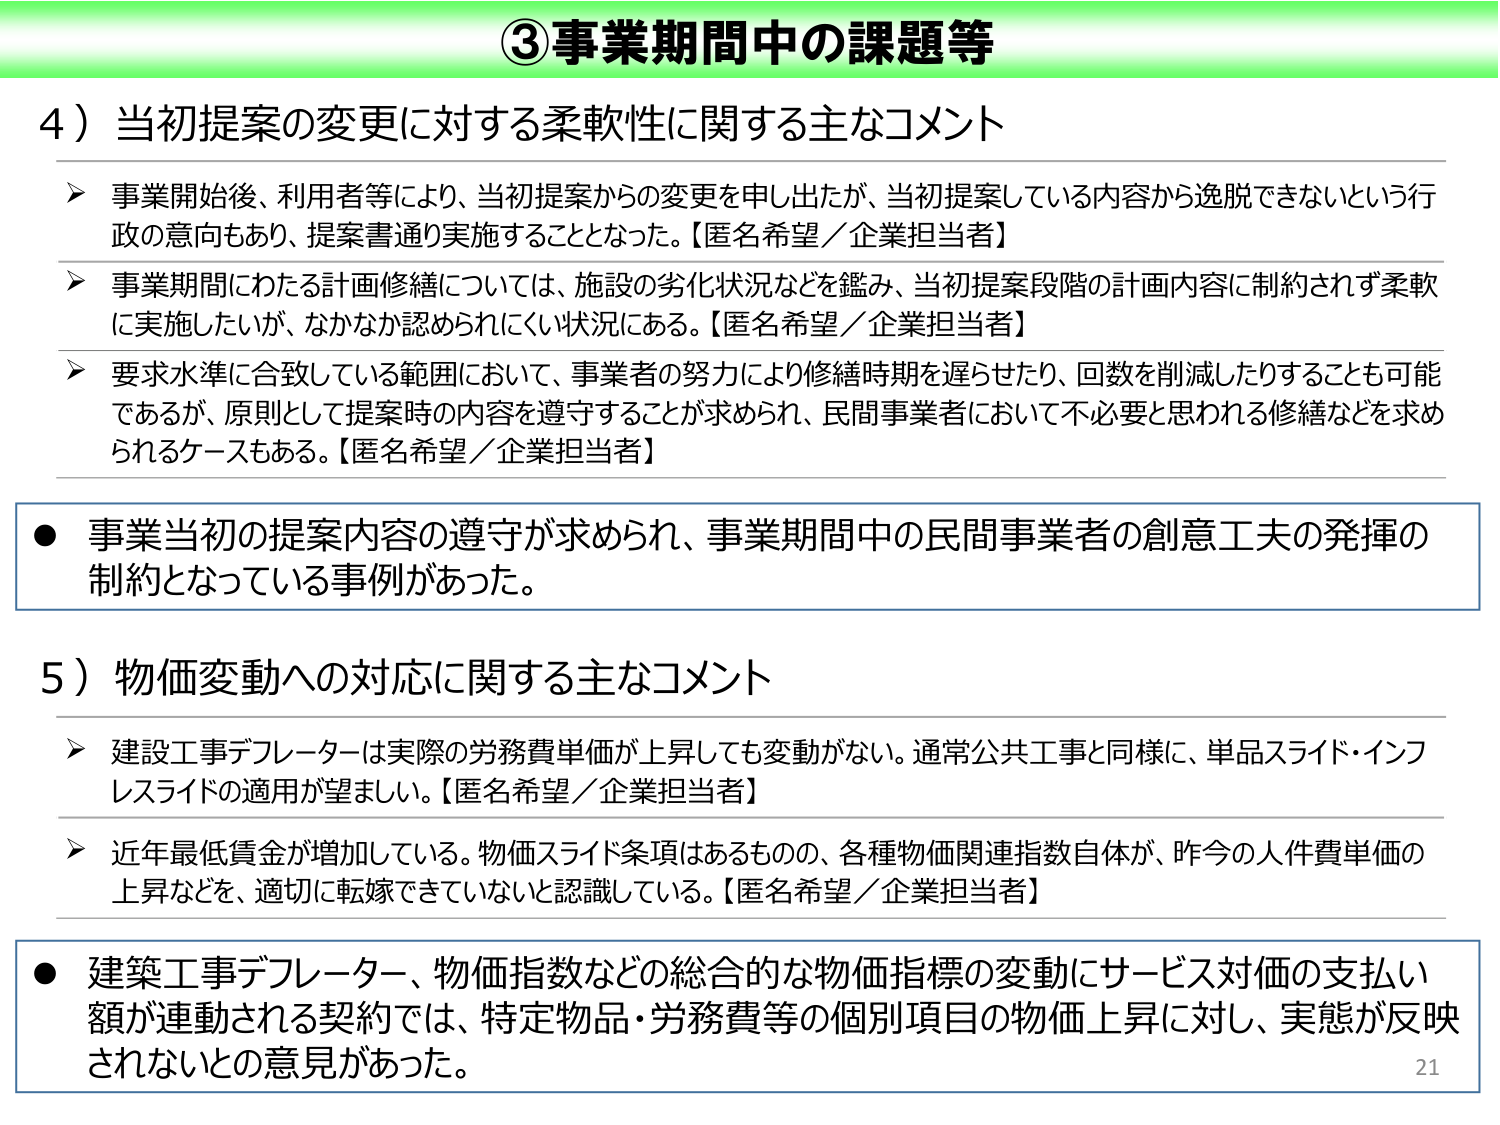
③事業期間中の課題等

4）当初提案の変更に対する柔軟性に関する主なコメント

▶ 事業開始後、利用者等により、当初提案からの変更を申し出たが、当初提案している内容から逸脱できないという行政の意向もあり、提案書通り実施することとなった。【匿名希望／企業担当者】

▶ 事業期間にわたる計画修繕については、施設の劣化状況などを鑑み、当初提案段階の計画内容に制約されず柔軟に実施したいが、なかなか認められにくい状況にある。【匿名希望／企業担当者】

▶ 要求水準に合致している範囲において、事業者の努力により修繕時期を遅らせたり、回数を削減したりすることも可能であるが、原則として提案時の内容を遵守することが求められ、民間事業者において不必要と思われる修繕などを求められるケースもある。【匿名希望／企業担当者】

● 事業当初の提案内容の遵守が求められ、事業期間中の民間事業者の創意工夫の発揮の制約となっている事例があった。

5）物価変動への対応に関する主なコメント

▶ 建設工事デフレーターは実際の労務費単価が上昇しても変動がない。通常公共工事と同様に、単品スライド・インフレスライドの適用が望ましい。【匿名希望／企業担当者】

▶ 近年最低賃金が増加している。物価スライド条項はあるものの、各種物価関連指数自体が、昨今の人件費単価の上昇などを、適切に転嫁できていないと認識している。【匿名希望／企業担当者】

● 建築工事デフレーター、物価指数などの総合的な物価指標の変動にサービス対価の支払い額が連動される契約では、特定物品・労務費等の個別項目の物価上昇に対し、実態が反映されないとの意見があった。

21